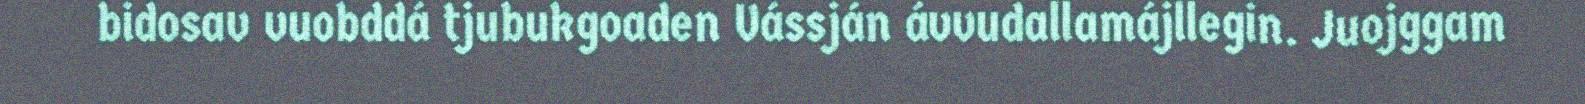
bidosav vuobddá tjubukgoaden Vássján ávvudallamájllegin. Juojggam